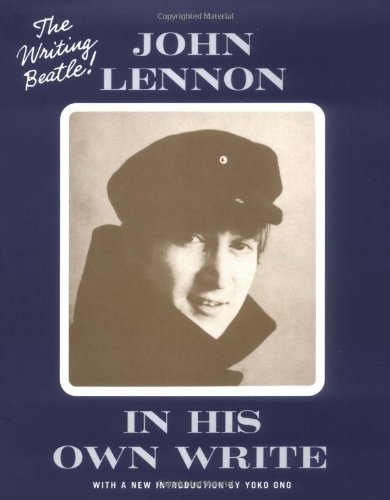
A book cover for In His Own Write; John Lennon; Humor & Entertainment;